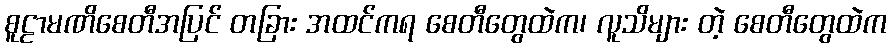
စူဠာမဏိစေတီအပြင် တခြား အထင်ကရ စေတီတွေထဲက၊ လူသိများ တဲ့ စေတီတွေထဲက